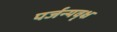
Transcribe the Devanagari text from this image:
पर्जन्यवृक्ष